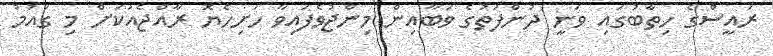
ރައީސްގެ ހިތާބުގައި ވަނީ ދުންފަތުގެ ވަބާއިން މިންޖުވެފައިވާ ހަށިހެޔޮ ރާއްޖެއަކަށް މި ގައުމު